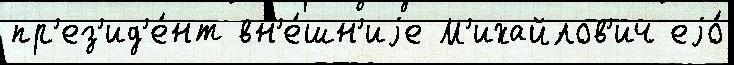
пр'ез'ид'е́нт вн'е́шн'иjе М'ихайлов'ич еjо́